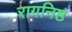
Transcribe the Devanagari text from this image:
रागनिष्ठ